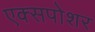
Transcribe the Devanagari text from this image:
एक्सपोशर